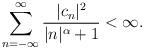
LaTeX: \begin{align*}\sum^{\infty}_{n=-\infty}\frac{|c_n|^2}{|n|^{\alpha}+1}<\infty.\end{align*}